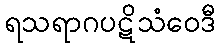
ရသရာဂပဋိသံဝေဒီ